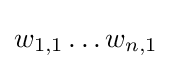
w_{1,1}\dots w_{n,1}